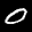
Label: 0